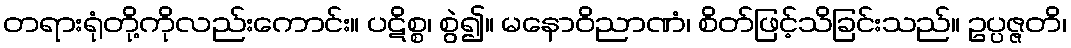
တရားရုံတို့ကိုလည်းကောင်း။ ပဋိစ္စ၊ စွဲ၍။ မနောဝိညာဏံ၊ စိတ်ဖြင့်သိခြင်းသည်။ ဥပ္ပဇ္ဇတိ၊